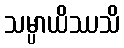
သမ္ပာယိဿသိ